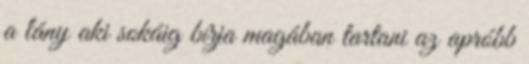
a lány aki sokáig bírja magában tartani az apróbb